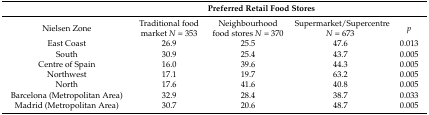
|  | <COLSPAN=3> Preferred Retail Food Stores |  |
 | --- | --- | --- | --- | --- |
 | Nielsen Zone | Traditional food market N = 353 | Neighbourhood food stores N = 370 | Supermarket/Supercentre N = 673 | p |
 | East Coast | 26.9 | 25.5 | 47.6 | 0.013 |
 | South | 30.9 | 25.4 | 43.7 | 0.005 |
 | Centre of Spain | 16.0 | 39.6 | 44.3 | 0.005 |
 | Northwest | 17.1 | 19.7 | 63.2 | 0.005 |
 | North | 17.6 | 41.6 | 40.8 | 0.005 |
 | Barcelona (Metropolitan Area) | 32.9 | 28.4 | 38.7 | 0.033 |
 | Madrid (Metropolitan Area) | 30.7 | 20.6 | 48.7 | 0.005 |